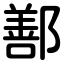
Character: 鄯